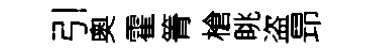
引奧霍箐槍眺盗昻